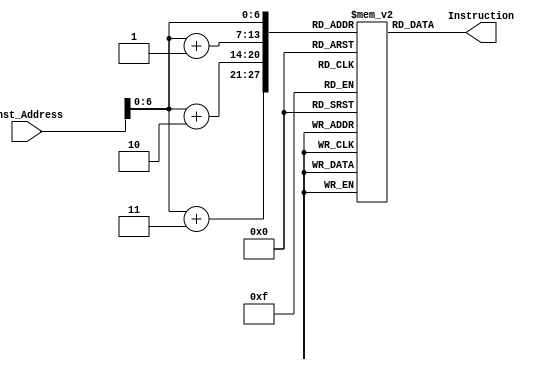
`timescale 1ns / 1ps

module Instruction_Memory(
input [63:0] Inst_Address,
output reg [31:0] Instruction
);

reg [7:0] inst_mem [120:0];

// checking all instructions for Task2
//  32'h01590a33; // add x20, x18, x21
//  32'h41590a33; // sub x20, x18, x21
//  32'h00391a13; // slli x20, x18, 3
//  32'h00390a13; // addi x20, x18, 3
//  32'h00003a03; // ld x20, 0(x0)
//  32'h03203023; // sd x19, 0(x0)
// 32'h072a8463 // beq x21, x18, 104 // untaken
// 32'h06210463 // beq x2, x2, 104 // taken
// 32'h072ac463 // blt x21, x18, 104 // taken
// 32'h07594463 // blt x18, x21, 104 // untaken

// checking forwarding unit for task3
//{inst_mem[3], inst_mem[2], inst_mem[1], inst_mem[0]} = 32'h00a90913; // addi x18, x18, 10
//{inst_mem[7], inst_mem[6], inst_mem[5], inst_mem[4]} = 32'h01590a33; // add x20, x18, x21
//{inst_mem[11], inst_mem[10], inst_mem[9], inst_mem[8]} = 32'h412a0933; // sub x18, x20, x18

// checking forwarding unit for task3 including the third stall issue
//{inst_mem[3], inst_mem[2], inst_mem[1], inst_mem[0]} = 32'h00a00913; // addi x18, x0, 10
//{inst_mem[7], inst_mem[6], inst_mem[5], inst_mem[4]} = 32'h00500a13; // addi x20, x0, 5
//{inst_mem[11], inst_mem[10], inst_mem[9], inst_mem[8]} = 32'h00100a93;// addi x21, x0, 1
//{inst_mem[15], inst_mem[14], inst_mem[13], inst_mem[12]} = 32'h00a90913; //addi x18, x18, 10
//{inst_mem[19], inst_mem[18], inst_mem[17], inst_mem[16]} = 32'h01290ab3; //add x21, x18, x18
//{inst_mem[23], inst_mem[22], inst_mem[21], inst_mem[20]} = 32'h41590a33; //sub x20, x18, x21
//{inst_mem[27], inst_mem[26], inst_mem[25], inst_mem[24]} = 32'h003a1a93; //slli x21, x20, 3
//{inst_mem[31], inst_mem[30], inst_mem[29], inst_mem[28]} = 32'h01403023; // sd x20, 0(x0)
//{inst_mem[35], inst_mem[34], inst_mem[33], inst_mem[32]} = 32'h01503423; // sd x21, 8(x0)

// checking Load Use Data Hazard Mitigation
//{inst_mem[3], inst_mem[2], inst_mem[1], inst_mem[0]} = 32'h06400913; // addi x18, x0, 100
//{inst_mem[7], inst_mem[6], inst_mem[5], inst_mem[4]} = 32'h00003903; // ld x18, 0(x0)
//{inst_mem[11], inst_mem[10], inst_mem[9], inst_mem[8]} = 32'h01290a33;// add x20, x18, x18
//{inst_mem[15], inst_mem[14], inst_mem[13], inst_mem[12]} = 32'h01403023; // sd x18, 0(x0)

// checking beq
//{inst_mem[3], inst_mem[2], inst_mem[1], inst_mem[0]} = 32'h06400913; // addi x18, x0, 100
//{inst_mem[7], inst_mem[6], inst_mem[5], inst_mem[4]} = 32'h00003903; // ld x18, 0(x0)
//{inst_mem[11], inst_mem[10], inst_mem[9], inst_mem[8]} = 32'h01290a33;// add x20, x18, x18
//{inst_mem[15], inst_mem[14], inst_mem[13], inst_mem[12]} = 32'h01403023; // sd x18, 0(x0)

//{inst_mem[3], inst_mem[2], inst_mem[1], inst_mem[0]} = 32'h00000463; // beq x0 x0 8
//{inst_mem[7], inst_mem[6], inst_mem[5], inst_mem[4]} = 32'h01290913; // addi x18 x18 18
//{inst_mem[11], inst_mem[10], inst_mem[9], inst_mem[8]} = 32'h014a0a13; // addi x20 x20 20

//{inst_mem[3], inst_mem[2], inst_mem[1], inst_mem[0]} = 32'h01290913; // addi x18 x18 18
//{inst_mem[7], inst_mem[6], inst_mem[5], inst_mem[4]} = 32'h014a0a13; // addi x20 x20 20
//{inst_mem[7], inst_mem[6], inst_mem[5], inst_mem[4]} = 32'h012a0a13; // addi x20 x20 18

// checking beq untaken
//{inst_mem[11], inst_mem[10], inst_mem[9], inst_mem[8]} = 32'h01490663; // beq x18 x20 12
//{inst_mem[15], inst_mem[14], inst_mem[13], inst_mem[12]} = 32'h41490ab3; // sub x21 x18 x20
//{inst_mem[19], inst_mem[18], inst_mem[17], inst_mem[16]} = 32'h00000863; // beq x0, x0, 16
//{inst_mem[23], inst_mem[22], inst_mem[21], inst_mem[20]} = 32'h01490ab3; // add x21 x18 x20
//{inst_mem[27], inst_mem[26], inst_mem[25], inst_mem[24]} = 32'h00a90913; // addi x18 x18 10
//{inst_mem[31], inst_mem[30], inst_mem[29], inst_mem[28]} = 32'h014a0a13; // addi x20 x20 20

// checking blt taken and untaken
//{inst_mem[3], inst_mem[2], inst_mem[1], inst_mem[0]} = 32'h01290913; // 1
//{inst_mem[7], inst_mem[6], inst_mem[5], inst_mem[4]} = 32'h014a0a13; // 2
//{inst_mem[11], inst_mem[10], inst_mem[9], inst_mem[8]} = 32'h032a4463; // 3
//{inst_mem[15], inst_mem[14], inst_mem[13], inst_mem[12]} = 32'h00aa8a93; // 4
//{inst_mem[19], inst_mem[18], inst_mem[17], inst_mem[16]} = 32'h00aa8a93; // 5	
//{inst_mem[23], inst_mem[22], inst_mem[21], inst_mem[20]} = 32'h00aa8a93; // 6
//{inst_mem[27], inst_mem[26], inst_mem[25], inst_mem[24]} = 32'h00aa8a93; // 7
//{inst_mem[31], inst_mem[30], inst_mem[29], inst_mem[28]} = 32'h01490a63; // 8
//{inst_mem[35], inst_mem[34], inst_mem[33], inst_mem[32]} = 32'h00a90913; // 9
//{inst_mem[39], inst_mem[38], inst_mem[37], inst_mem[36]} = 32'h00a90913; // 10	
//{inst_mem[43], inst_mem[42], inst_mem[41], inst_mem[40]} = 32'h00a90913; // 11
//{inst_mem[47], inst_mem[46], inst_mem[45], inst_mem[44]} = 32'h00a90913; // 12

// checking beq and blt both together (taken and untaken both conditions)
//{inst_mem[3], inst_mem[2], inst_mem[1], inst_mem[0]} = 32'h01290913; //1
//{inst_mem[7], inst_mem[6], inst_mem[5], inst_mem[4]} = 32'h014a0a13; //2
//{inst_mem[11], inst_mem[10], inst_mem[9], inst_mem[8]} = 32'h01494a63; //3
//{inst_mem[15], inst_mem[14], inst_mem[13], inst_mem[12]} = 32'h00aa8a93; //4
//{inst_mem[19], inst_mem[18], inst_mem[17], inst_mem[16]} = 32'h00aa8a93; //5
//{inst_mem[23], inst_mem[22], inst_mem[21], inst_mem[20]} = 32'h00aa8a93; //6
//{inst_mem[27], inst_mem[26], inst_mem[25], inst_mem[24]} = 32'h00aa8a93; //7
//{inst_mem[31], inst_mem[30], inst_mem[29], inst_mem[28]} = 32'h01490a63; //8
//{inst_mem[35], inst_mem[34], inst_mem[33], inst_mem[32]} = 32'h00a90913; //9
//{inst_mem[39], inst_mem[38], inst_mem[37], inst_mem[36]} = 32'h00a90913; //10
//{inst_mem[43], inst_mem[42], inst_mem[41], inst_mem[40]} = 32'h00a90913; //11
//{inst_mem[47], inst_mem[46], inst_mem[45], inst_mem[44]} = 32'h00a90913; //12
//{inst_mem[51], inst_mem[50], inst_mem[49], inst_mem[48]} = 32'h01494463; //13
//{inst_mem[55], inst_mem[54], inst_mem[53], inst_mem[52]} = 32'h064a8a93; //14
//{inst_mem[59], inst_mem[58], inst_mem[57], inst_mem[56]} = 32'h00000463; //15
//{inst_mem[63], inst_mem[62], inst_mem[61], inst_mem[60]} = 32'h44ca8a93; //16

// eman bubble sort ; all working for the array of length 5
initial
	begin
      {inst_mem[3], inst_mem[2], inst_mem[1], inst_mem[0]} = 32'h00500993; // addi x19, x0, 5
      {inst_mem[7], inst_mem[6], inst_mem[5], inst_mem[4]} = 32'h07340663; // 2
      {inst_mem[11], inst_mem[10], inst_mem[9], inst_mem[8]} = 32'h00000493; // 3
      {inst_mem[15], inst_mem[14], inst_mem[13], inst_mem[12]} = 32'h00000513; // 4
      {inst_mem[19], inst_mem[18], inst_mem[17], inst_mem[16]} = 32'hfff98313; // 5	
      {inst_mem[23], inst_mem[22], inst_mem[21], inst_mem[20]} = 32'h40830333; // 6
      {inst_mem[27], inst_mem[26], inst_mem[25], inst_mem[24]} = 32'h04648663; // 7
      {inst_mem[31], inst_mem[30], inst_mem[29], inst_mem[28]} = 32'h00349393; // 8
      {inst_mem[35], inst_mem[34], inst_mem[33], inst_mem[32]} = 32'h012383b3; // 9
      {inst_mem[39], inst_mem[38], inst_mem[37], inst_mem[36]} = 32'h0003b283; // 10	
      {inst_mem[43], inst_mem[42], inst_mem[41], inst_mem[40]} = 32'h00148e93; // 11
      {inst_mem[47], inst_mem[46], inst_mem[45], inst_mem[44]} = 32'h003e9e13; // 12
      {inst_mem[51], inst_mem[50], inst_mem[49], inst_mem[48]} = 32'h012e0e33; // 13
      {inst_mem[55], inst_mem[54], inst_mem[53], inst_mem[52]} = 32'h000e3f03; // 14
      {inst_mem[59], inst_mem[58], inst_mem[57], inst_mem[56]} = 32'h005f4663; // 15
      {inst_mem[63], inst_mem[62], inst_mem[61], inst_mem[60]} = 32'h00148493; // 16
      {inst_mem[67], inst_mem[66], inst_mem[65], inst_mem[64]} = 32'hfc000ce3; // 17
      {inst_mem[71], inst_mem[70], inst_mem[69], inst_mem[68]} = 32'h00028f93; // 18
      {inst_mem[75], inst_mem[74], inst_mem[73], inst_mem[72]} = 32'h000f0293; // 19
      {inst_mem[79], inst_mem[78], inst_mem[77], inst_mem[76]} = 32'h0053b023; // 20
      {inst_mem[83], inst_mem[82], inst_mem[81], inst_mem[80]} = 32'h000f8f13; // 21
      {inst_mem[87], inst_mem[86], inst_mem[85], inst_mem[84]} = 32'h01ee3023; // 22
      {inst_mem[91], inst_mem[90], inst_mem[89], inst_mem[88]} = 32'h00100513; // 23
      {inst_mem[95], inst_mem[94], inst_mem[93], inst_mem[92]} = 32'h00148493; // 24
      {inst_mem[99], inst_mem[98], inst_mem[97], inst_mem[96]} = 32'hfa000ce3; // 25
      {inst_mem[103], inst_mem[102], inst_mem[101], inst_mem[100]} = 32'h00140413; // 26
      {inst_mem[107], inst_mem[106], inst_mem[105], inst_mem[104]} = 32'h00050463; // 27
      {inst_mem[111], inst_mem[110], inst_mem[109], inst_mem[108]} = 32'hf8000ce3; // 28
end

always @(Inst_Address)

begin
Instruction[31:24] <= inst_mem[Inst_Address + 3];
Instruction[23:16] <= inst_mem[Inst_Address + 2];
Instruction[15:8] <= inst_mem[Inst_Address + 1];
Instruction[7:0] <= inst_mem[Inst_Address];

end
endmodule